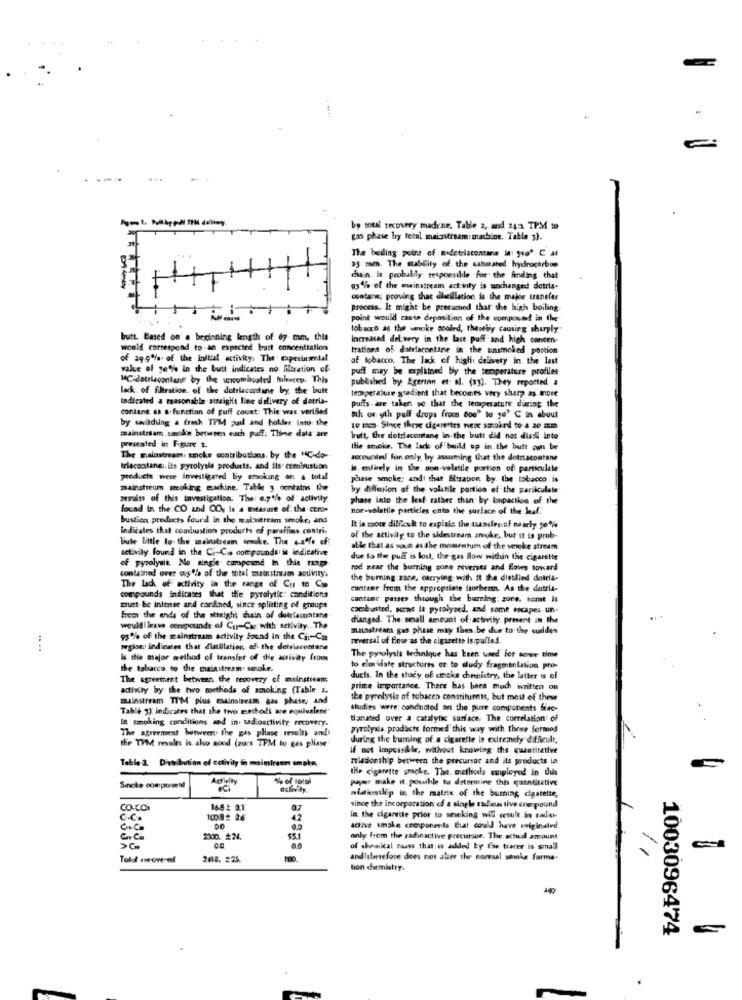
----
by toul recovery madine. Table 2, and 2451 TPM to
cas phase by total mainstream machine, Tabla s).
The boiling point of nadetriscontane in: "se" C at
35 mm. The stability of the saturated hydrocarbon
diain. is probably responsible for- the Anding that-
95% of the mainstream activity is unchanged dotria-
contane: proving thac dilecillation is the major transfer
process. It might be presumed that the high boiling
point would cause deposition of the compound in the
lobacro as the smoke cooled, thesebiy causing shurply"
butt. Based on a beginning length of 67 cam. this
Increased del.very in the last puff and high concen-
would correspond to an expected bratt concentration
trations of dallacontine in the unsmoked portion
of agg% of the initial activity, The experimental
af tobacco. The lack of high delivery in the last
vake of se% In the butt indicates no filtration cf
puff muy be explained by the temperature profiles
14℃ dotrlacolane by the uncombyated muinecep: This
published by Egerton et: al. (33). They reported a
lack of filtration. of the dotriacantane bry the butt
temperature gradient that becomes very sharp as. more
Indicated a reasonable straight line delivery of detri-
puffs - are taken so that the temperature during the
contane as a function of puff count: This was verified
by switching a fresh TPM pad and holder into the
ath os yth pull drops from 8be" to je' C in about
mainstream.smoke between each puff: Thine data' are
10 mm. Since these cigarettes were smokrd to a 20 mm
butt, the dotrlacontane in the butt did not dissl into
presented in Figure z.
the smoke. The lack of build sp in. the butt oun be
The mainstream: smoke contributions, by the "4℃-do-
accounted for only by assuming that the dotriacostane
triacantane: ils pyrolysis products, and its' combustion
#s. entirely in the. non-volatile portion of particulate
products were investigated by smoking on a total
phase smoke; andi that filtration by. the tobacco is
mainstream smoking machine. Table y contains the
by diffusion of the volatile portion of the particulate
zesults of this investigation: The: e.7% of activity
phase into the leaf rather than by impaction of the
found in the CO and CO. is a measure of: the como-
nor-volatile particles onto the surface of the leaf.
bustion products fourd In the walastream smoke, and
indicates that combustion products of parafins contri.
It is more difficult to explain the taanslenof nearly 50%
Bute Ettle to- the mainstream smoke. The 4-1% ef
of the activity to the sidestream. smoke, but it is prob-
activily found in the Ci Cis compounds is indicative
able that as soun as the momentum of the smoke stream
of pyrolysit. No single compound In thie rap
due to the puff is lost, the gas How within the cigarette
conlathed over ou % of the total mainstream aotivity.
rod near the burning zone reverses and Sawrs toward
the burning zane, carrying with it the distilled dolcia-
The Lack of activity in the range of Cu to Cop
cuntane from the appropriate forherm. As the datria-
compounds indicates that the pyrolytic: conditions
cantane passes through the burning; gore. scant is
must be intense and confihed, since splitting of groups
combusted, some is pyrolysed. and some escapes un-
from the ends of the atheight chain of detrfacontane
dianged. The small amount of activity present in the
would leave compounds of Cur-Car with activity .. The
mathstream gas phase may then.be die to the sudden
95% of the mainstream activity found in the Ch-Cas
reversal of Cowe as the cigarette isipulled.
weglon indicates that dinilation of the detrierontane
is the major method of transfer of the activity from
The pyrolysis technique has been used for some time
the tobacco, to the mainstream. seroke.
to eleridate structures er to dudy fragmentation pro-
The agreement between the recovery of mainstream
ducis. In the study of smoke chirenistry, the latter is of
ktivity by the two methods of smoking (Table 2.
prime importance. There has been much written on
mainstream TI'M' plus mainstream gas phase, and
the pyrolysis of tobaces constituents, but most of these
Tahle 3) indicates that the two methods are equivalent
studies were conducted on the pure components frac-
le smoking conditions and in. sadioactivity recovery.
tianated over a catalytic surface. The correlation: of
The agreement between the gas pliage reselty and
pyrolysis products formed this way with these formed
the TPM results is also good (zoct TFM to gas phase"
during the buming of a cigarette is extremely difficult,
f not impossible, without knowing the quantitative
relationship between the precursor and its products in
Table 2. Distribution of activity li maimirson amate.
the cigarette srache. The. methods employed in thuis
% of total
payer make it possible tu determine this quantitative
Sicke componen!
niationslip in the matrix of the burning digatette,
CO.COM
1681 01
since the incorporation of a single radiens tive crenpound
c.c.
10082 0:6
42
In the cigarette prior to sewcking will sesult. in cados-
active smoke components that could have originaled
230. £24.
only from the radioactive precursor. The actual amount
of chemical Buss that is added by Cie tracer is small
Told powered
2418. #25.
andlifesefore does not alser the normaal sminke forma-
tion chemistry.
1003096474